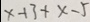
x - 1 3 + x - 5